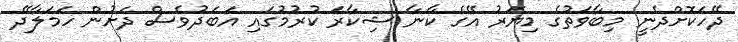
ދޭހަކޮށްދެނީ މިބާވަތުގެ މިޔަރު އޭގެ ކާނާ ޝިކާރަ ކުރުމުގައި އަބަދުވެސް ދަށުން ހަމަލާދޭ